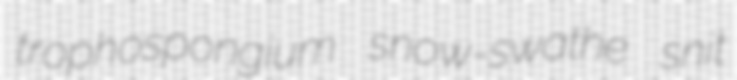
trophospongium snow-swathe snit